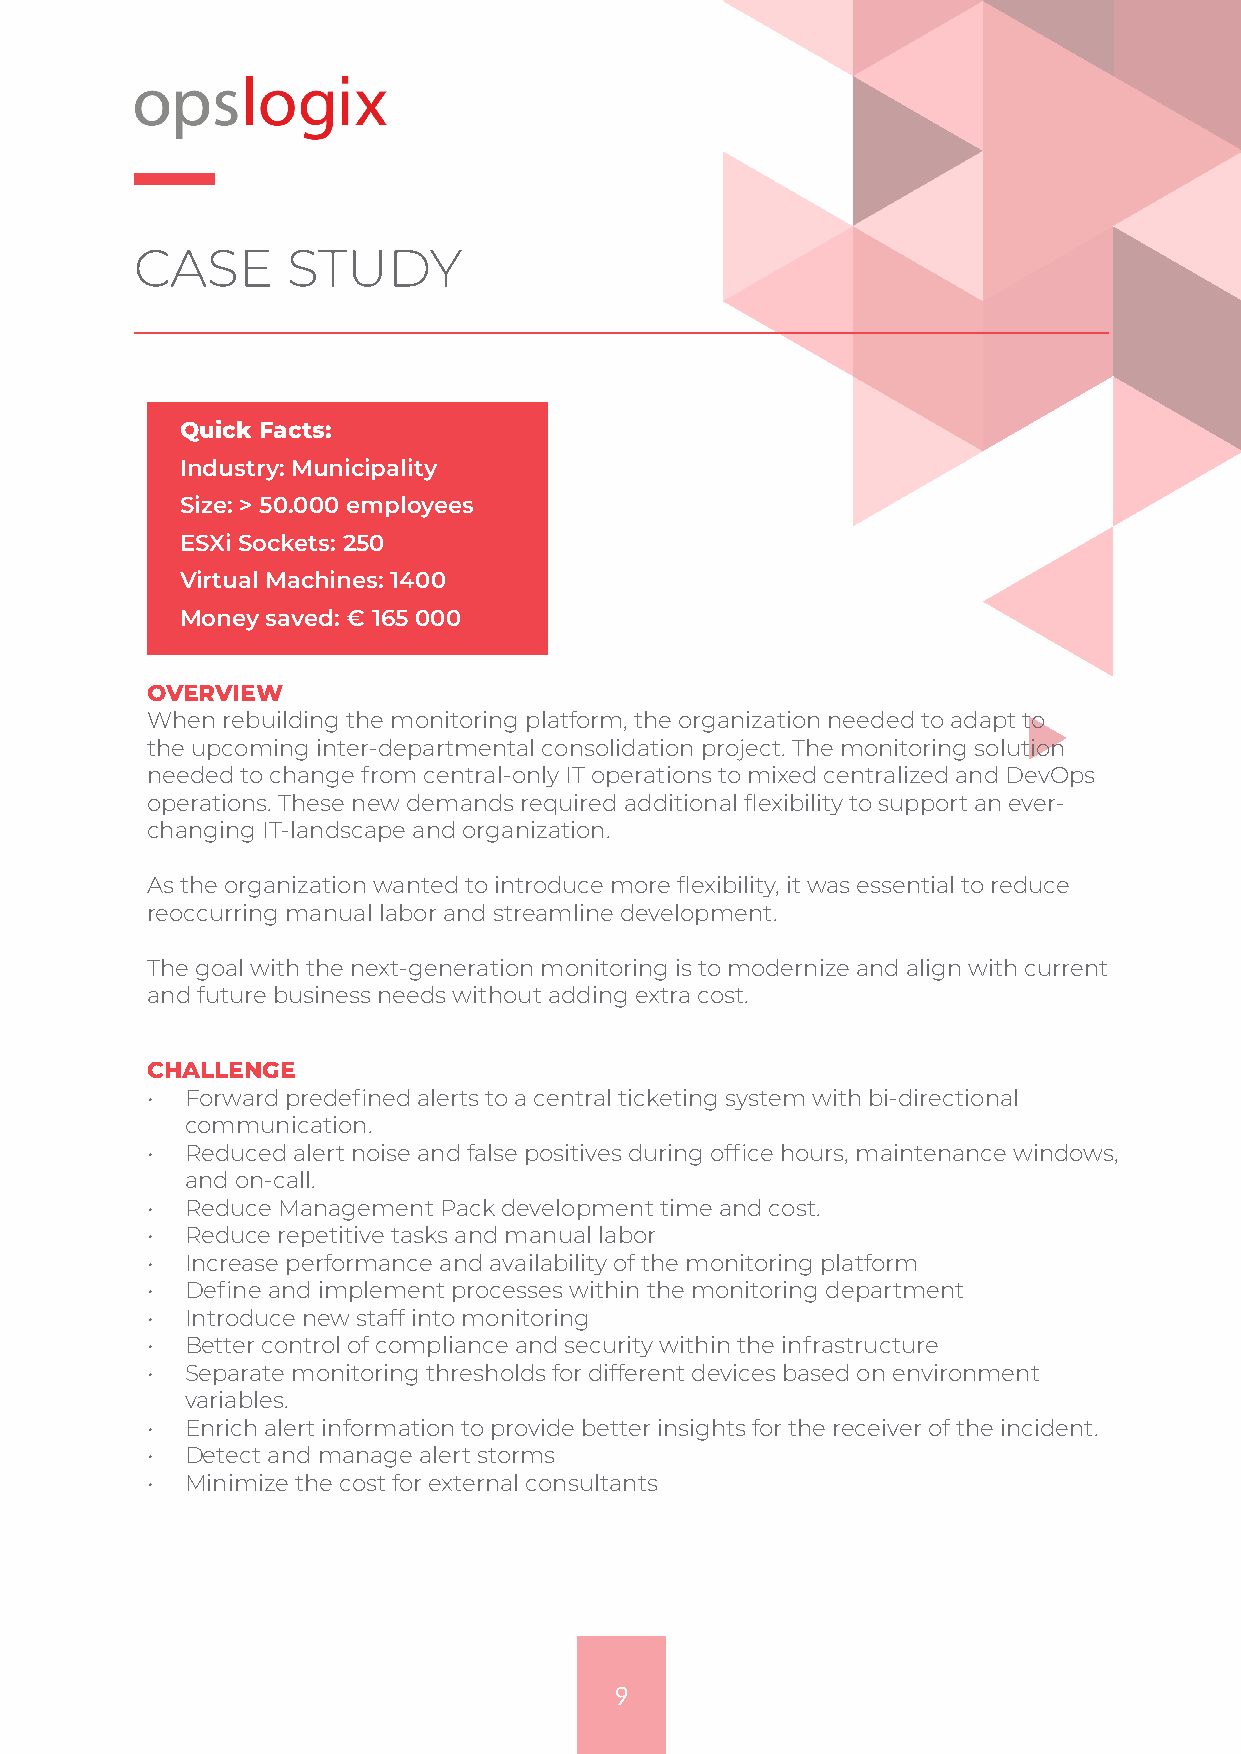
CASE      STUDY
 Quick Facts:
 Industry: Municipality
 Size: > 50.000 employees
 ESXi Sockets: 250
 Virtual Machines: 1400
 Money saved: € 165 000
 OVERVIEW
 When rebuilding the monitoring platform, the organization needed to adapt to
 the upcoming inter-departmental consolidation project. The monitoring solution
 needed to change from central-only IT operations to mixed centralized and DevOps
 operations. These new demands required additional flexibility to support an ever-
 changing IT-landscape and organization.
 As the organization wanted to introduce more flexibility, it was essential to reduce
 reoccurring manual labor and streamline development.
 The goal with the next-generation monitoring is to modernize and align with current
 and future business needs without adding extra cost.
 CHALLENGE
 • Forward predefined alerts to a central ticketing system with bi-directional
 communication.
 • Reduced alert noise and false positives during office hours, maintenance windows,
 and on-call.
 • Reduce Management Pack development time and cost.
 • Reduce repetitive tasks and manual labor
 • Increase performance and availability of the monitoring platform
 • Define and implement processes within the monitoring department
 • Introduce new staff into monitoring
 • Better control of compliance and security within the infrastructure
 • Separate monitoring thresholds for different devices based on environment
 variables.
 • Enrich alert information to provide better insights for the receiver of the incident.
 • Detect and manage alert storms
 • Minimize the cost for external consultants
 9